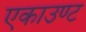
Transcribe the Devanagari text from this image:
एकाउण्ट